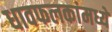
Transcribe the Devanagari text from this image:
धावफलकांमध्ये